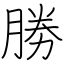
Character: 勝